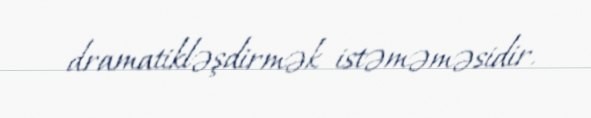
dramatikləşdirmək istəməməsidir.